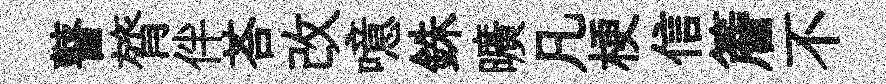
瞽膂伴荅改噫銖曠凡梗信簷不